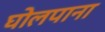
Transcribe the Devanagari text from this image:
घोलपाना